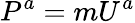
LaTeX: P^{a}=mU^{a}